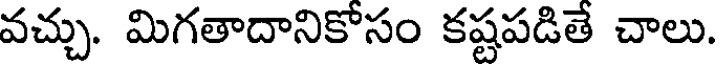
వచ్చు. మిగతాదానికోసం కష్టపడితే చాలు.